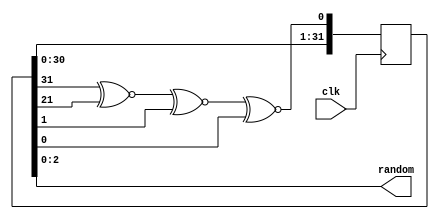
`timescale 1ns / 1ps

module LFSR(clk, random);
    input clk;
    output [2:0] random;
 
    reg [32:1] register = 0;
    wire r_XNOR;

    always @(posedge clk)  begin
            register <= {register[32-1:1], r_XNOR};
    end
 
    assign r_XNOR = register[32] ^~ register[22] ^~ register[2] ^~ register[1];
 
    assign random = register[3:1];
 
endmodule